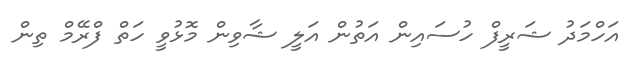
އަހްމަދު ޝަރީފް ހުސައިން އަތުން އަލީ ޝާވިން މޮޅުވީ ހަތް ފްރޭމް ތިން